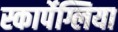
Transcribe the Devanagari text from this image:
स्कार्पेग्लिया